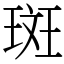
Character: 斑